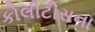
કોલીટીસના